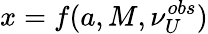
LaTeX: x=f(a,M,\nu_{U}^{obs})